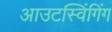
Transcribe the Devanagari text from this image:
आउटस्विंगिंग